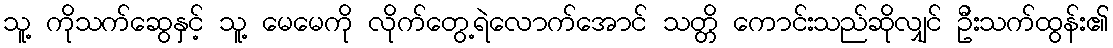
သူ့ ကိုသက်ဆွေနှင့် သူ့ မေမေကို လိုက်တွေ့ရဲလောက်အောင် သတ္တိ ကောင်းသည်ဆိုလျှင် ဦးသက်ထွန်း၏